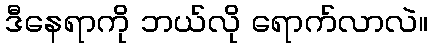
ဒီနေရာကို ဘယ်လို ရောက်လာလဲ။